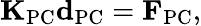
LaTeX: {\mathbf K}_{\mathrm{PC}}{\mathbf d}_{\mathrm{PC}}={\mathbf F}_{\mathrm{PC}},